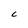
Character: C